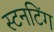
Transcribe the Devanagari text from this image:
स्टनटिंग